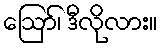
ဪ၊ ဒီလိုလား။